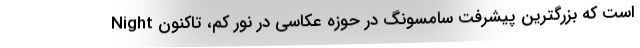
Night است که بزرگترین پیشرفت سامسونگ در حوزه عکاسی در نور کم، تاکنون